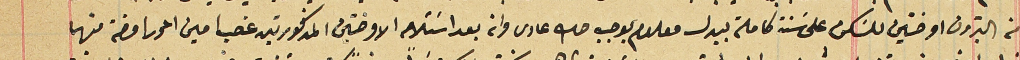
من البترون اوضتين للسَكن على سَنة كاملة ببدل معلوم بوجب صك عادى وانه بعد اسَتلامه الاوضتين المذكورتين غصب امين المحرر اوضه منهما